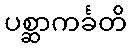
ပစ္ဆာကင်္ခတိ